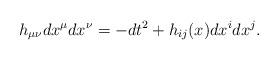
LaTeX: \begin{align*}h_{\mu\nu}dx^{\mu}dx^{\nu}=-dt^2+h_{ij}(x)dx^{i}dx^{j}.\end{align*}